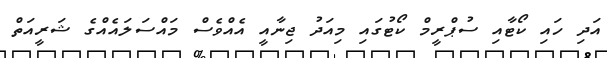
އަދި ހައި ކޯޓާއި ސުޕްރީމް ކޯޓުގައި މިއަދު ޖިނާއީ އެއްވެސް މައްސަލައެއްގެ ޝަރީއަތް